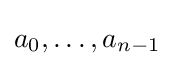
a_{0},\ldots ,a_{n-1}